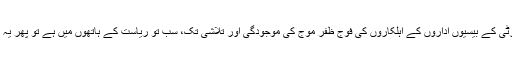
لیکن یہ نہیں بتایا جاتا کہ امیگریشن سے لے کر کسٹمز اور سیکیورٹی کے بیسیوں اداروں کے اہلکاروں کی فوج ظفر موج کی موجودگی اور تلاشی تک، سب تو ریاست کے ہاتھوں میں ہے تو پھر یہ اسمگلنگ کون کروا رہا ہے اور اس سے مال پانی کون بنا رہا ہے؟